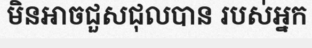
មិនអាចជួសជុលបាន របស់អ្នក